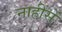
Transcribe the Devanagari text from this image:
नाहींसें